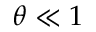
\theta \ll 1